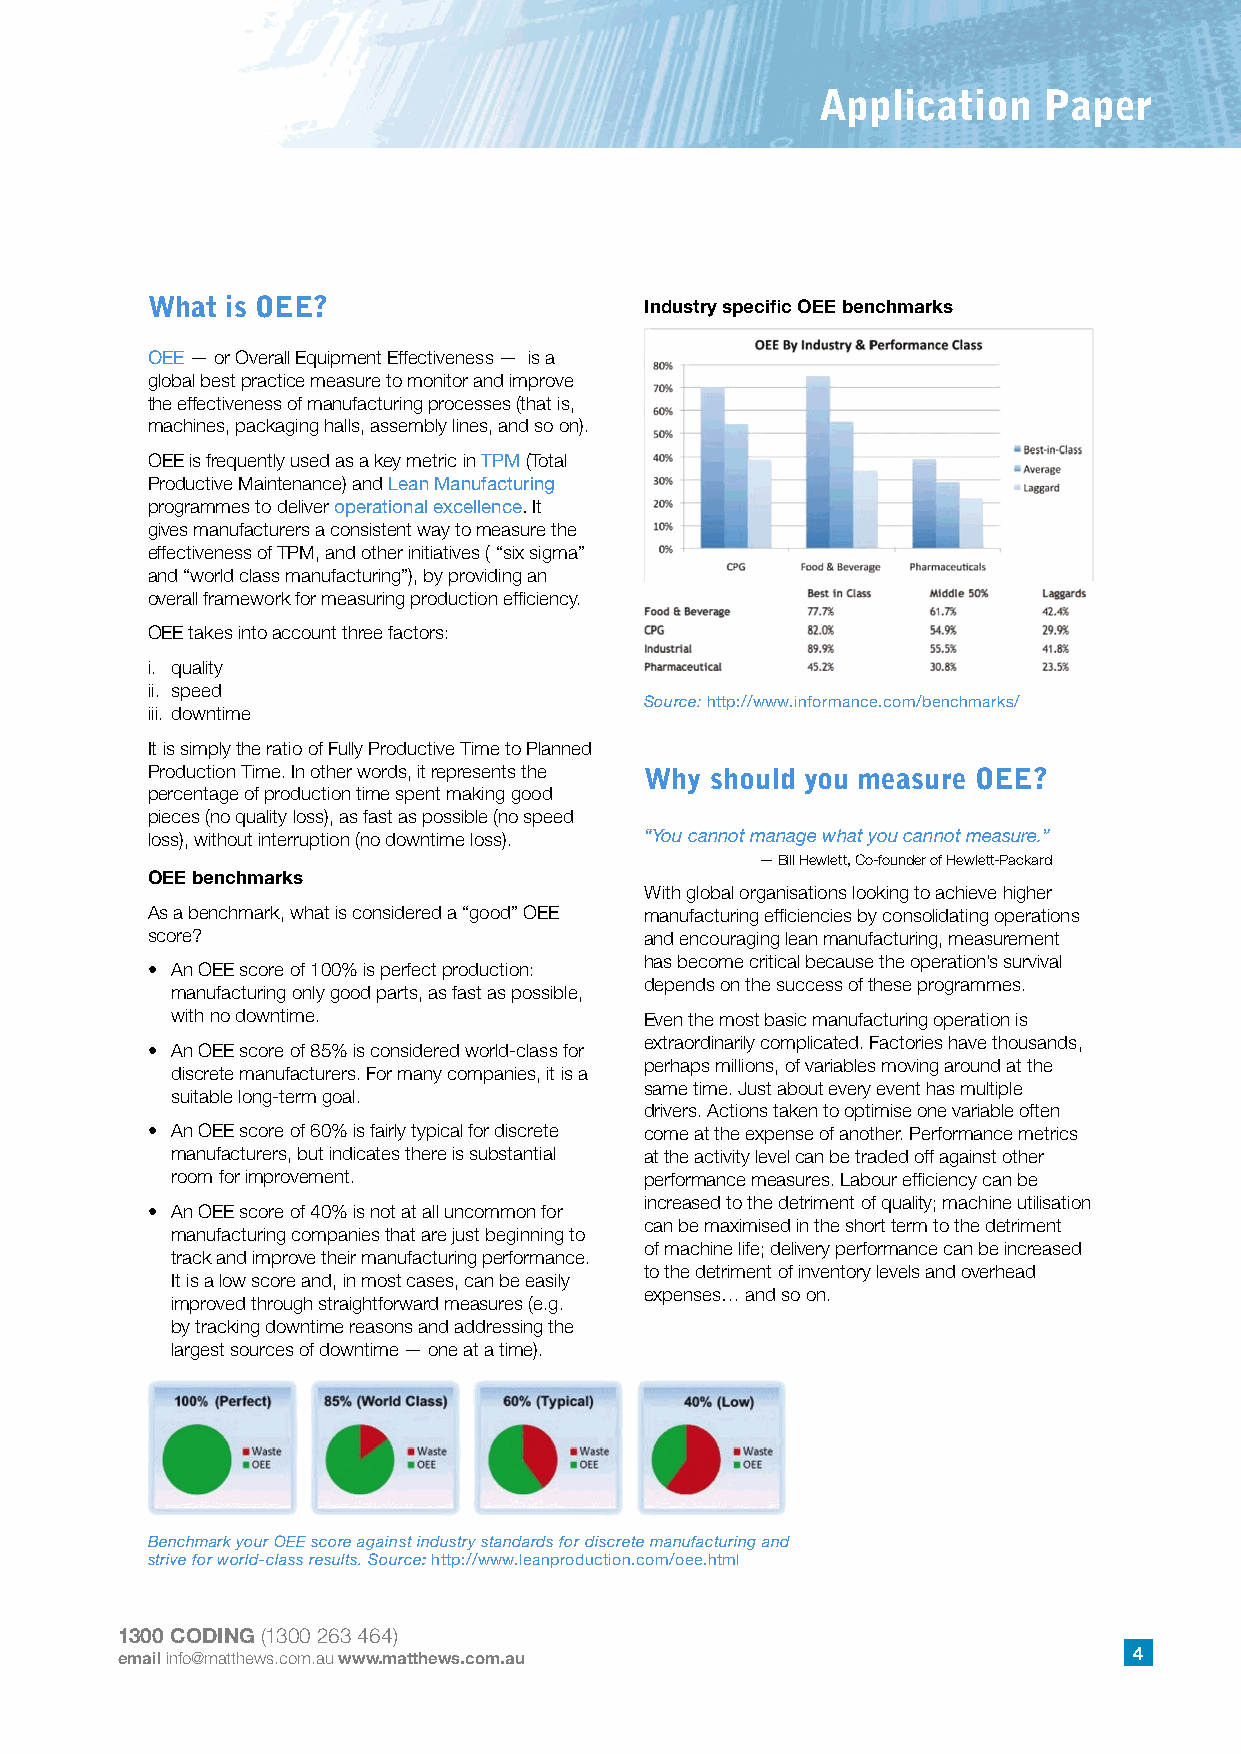
Application    Paper
 What is OEE?                     Industry specific OEE benchmarks
 OEE — or Overall Equipment Effectiveness — is a
 global best practice measure to monitor and improve
 the effectiveness of manufacturing processes (that is,
 machines, packaging halls, assembly lines, and so on).
 OEE is frequently used as a key metric in TPM (Total
 Productive Maintenance) and Lean Manufacturing
 programmes to deliver operational excellence. It
 gives manufacturers a consistent way to measure the
 effectiveness of TPM, and other initiatives ( “six sigma”
 and “world class manufacturing”), by providing an
 overall framework for measuring production efficiency.
 OEE takes into account three factors:
 i. quality
 ii. speed
 Source: http://www.informance.com/benchmarks/
 iii. downtime
 It is simply the ratio of Fully Productive Time to Planned
 Production Time. In other words, it represents the Why should you measure OEE?
 percentage of production time spent making good
 pieces (no quality loss), as fast as possible (no speed
 loss), without interruption (no downtime loss). “You cannot manage what you cannot measure.”
 — Bill Hewlett, Co-founder of Hewlett-Packard
 OEE benchmarks
 With global organisations looking to achieve higher
 As a benchmark, what is considered a “good” OEE manufacturing efficiencies by consolidating operations
 score?                           and encouraging lean manufacturing, measurement
 has become critical because the operation’s survival
 • An OEE score of 100% is perfect production:
 depends on the success of these programmes.
 manufacturing only good parts, as fast as possible,
 with no downtime.               Even the most basic manufacturing operation is
 extraordinarily complicated. Factories have thousands,
 • An OEE score of 85% is considered world-class for
 perhaps millions, of variables moving around at the
 discrete manufacturers. For many companies, it is a
 same time. Just about every event has multiple
 suitable long-term goal.
 drivers. Actions taken to optimise one variable often
 • An OEE score of 60% is fairly typical for discrete come at the expense of another. Performance metrics
 manufacturers, but indicates there is substantial at the activity level can be traded off against other
 room for improvement.           performance measures. Labour efficiency can be
 increased to the detriment of quality; machine utilisation
 • An OEE score of 40% is not at all uncommon for
 can be maximised in the short term to the detriment
 manufacturing companies that are just beginning to
 of machine life; delivery performance can be increased
 track and improve their manufacturing performance.
 to the detriment of inventory levels and overhead
 It is a low score and, in most cases, can be easily
 expenses… and so on.
 improved through straightforward measures (e.g.
 by tracking downtime reasons and addressing the
 largest sources of downtime — one at a time).
 Benchmark your OEE score against industry standards for discrete manufacturing and
 strive for world-class results. Source: http://www.leanproduction.com/oee.html
 1300 CODING (1300 263 464)
 email info@matthews.com.au www.matthews.com.au                     4